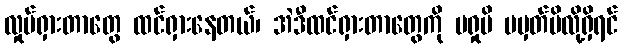
လှုပ်ရှားတာတွေ ထင်ရှားနေတယ်၊ အဲဒီထင်ရှားတာတွေကို မရှုမိ မမှတ်မိလို့ရှိရင်